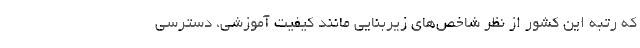
که رتبه این کشور از نظر شاخص‌های زیربنایی مانند کیفیت آموزشی، دسترسی